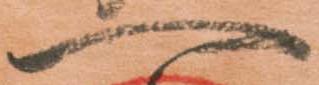
一